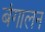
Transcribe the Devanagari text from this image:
बंगालन